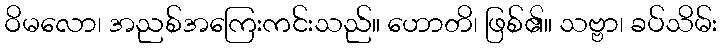
ဝိမလော၊ အညစ်အကြေးကင်းသည်။ ဟောတိ၊ ဖြစ်၏။ သဗ္ဗာ၊ ခပ်သိမ်း